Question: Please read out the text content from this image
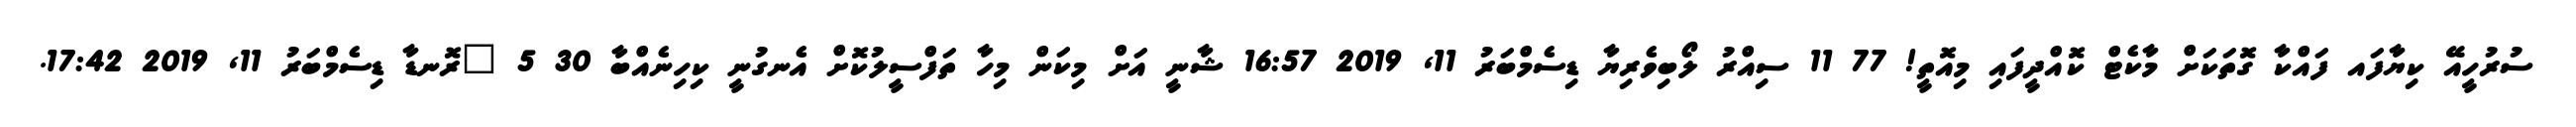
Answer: ސުރުހީއޭ ކިޔާފައ ފައްކާ ގޮތަކަށް މާކެޓް ކޮއްދީފައި މިއޮތީ! 77 11 ސިއްރު ލޯބިވެރިޔާ ޑިސެމްބަރު 11, 2019 16:57 ޝާނީ އަށް މިކަން މިހާ ތަފްސީލުކޮށް އެނގުނީ ކިހިނެއްބާ 30 5 ?ރޮނޑާ ޑިސެމްބަރު 11, 2019 17:42.